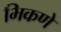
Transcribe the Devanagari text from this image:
भिकणे